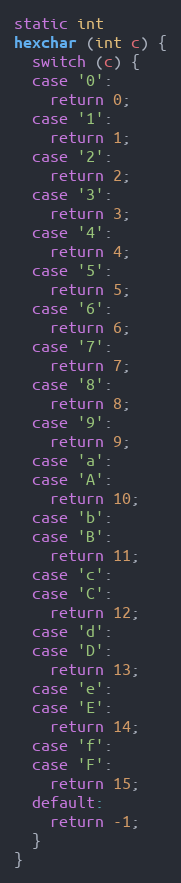
Language: C
static int
hexchar (int c) {
  switch (c) {
  case '0':
    return 0;
  case '1':
    return 1;
  case '2':
    return 2;
  case '3':
    return 3;
  case '4':
    return 4;
  case '5':
    return 5;
  case '6':
    return 6;
  case '7':
    return 7;
  case '8':
    return 8;
  case '9':
    return 9;
  case 'a':
  case 'A':
    return 10;
  case 'b':
  case 'B':
    return 11;
  case 'c':
  case 'C':
    return 12;
  case 'd':
  case 'D':
    return 13;
  case 'e':
  case 'E':
    return 14;
  case 'f':
  case 'F':
    return 15;
  default:
    return -1;
  }
}